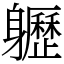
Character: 𨊛